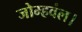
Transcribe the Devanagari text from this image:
जोम्हवंल।